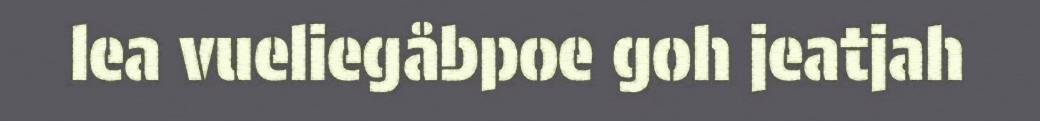
lea vueliegåbpoe goh jeatjah